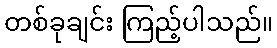
တစ်ခုချင်း ကြည့်ပါသည်။